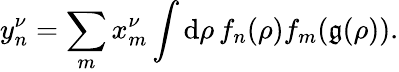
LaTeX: y_{n}^{\nu}=\sum_{m}x_{m}^{\nu}\int\mathrm{d}\rho\, f_{n}(\rho)f_{m}(\mathfrak{g}(\rho)).